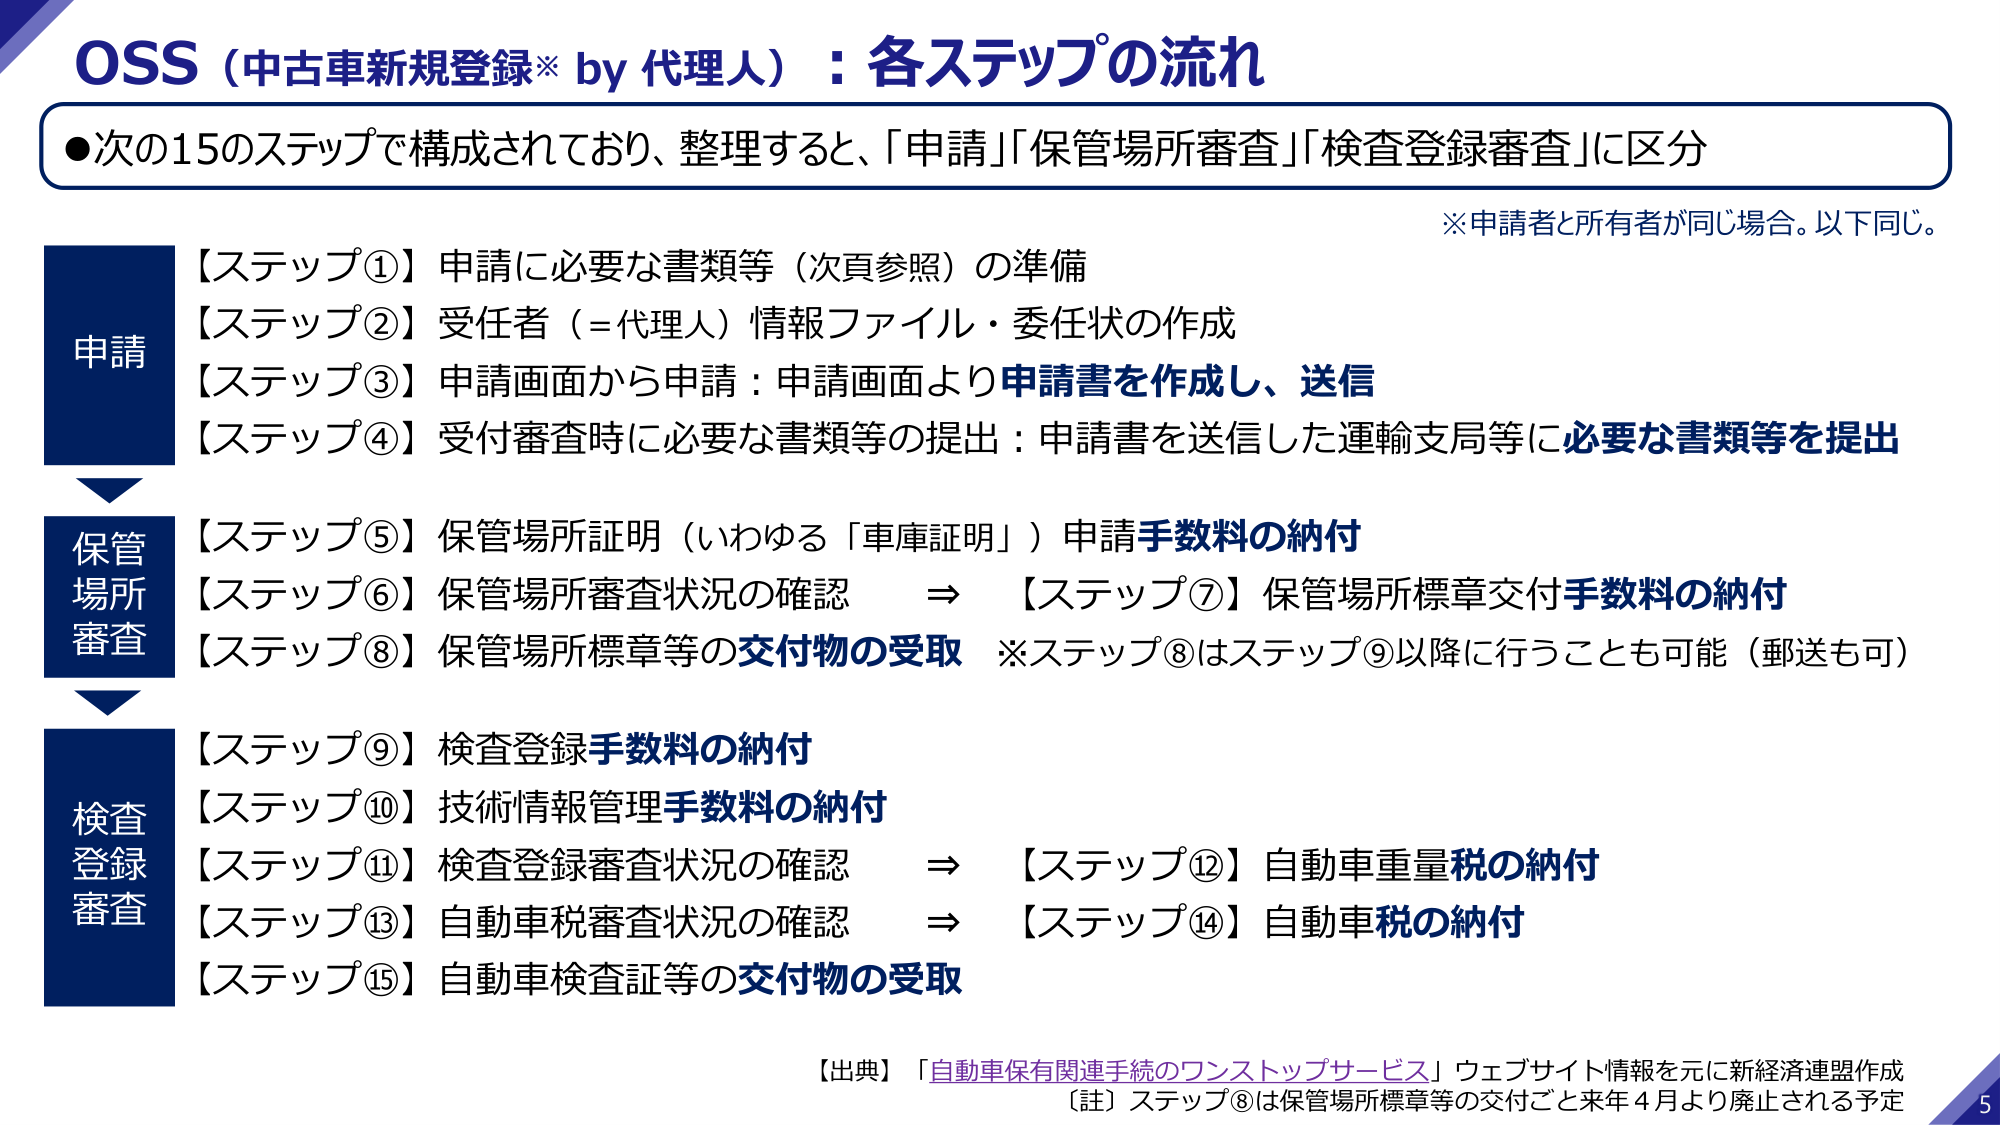
OSS（中古車新規登録※ by 代理人）：各ステップの流れ

●次の15のステップで構成されており、整理すると、「申請」「保管場所審査」「検査登録審査」に区分

※申請者と所有者が同じ場合。以下同じ。

申請
【ステップ①】申請に必要な書類等（次頁参照）の準備
【ステップ②】受任者（＝代理人）情報ファイル・委任状の作成
【ステップ③】申請画面から申請：申請画面より申請書を作成し、送信
【ステップ④】受付審査時に必要な書類等の提出：申請書を送信した運輸支局等に必要な書類等を提出

保管場所審査
【ステップ⑤】保管場所証明（いわゆる「車庫証明」）申請手数料の納付
【ステップ⑥】保管場所審査状況の確認　⇒　【ステップ⑦】保管場所標章交付手数料の納付
【ステップ⑧】保管場所標章等の交付物の受取　※ステップ⑧はステップ⑨以降に行うことも可能（郵送も可）

検査登録審査
【ステップ⑨】検査登録手数料の納付
【ステップ⑩】技術情報管理手数料の納付
【ステップ⑪】検査登録審査状況の確認　⇒　【ステップ⑫】自動車重量税の納付
【ステップ⑬】自動車税審査状況の確認　⇒　【ステップ⑭】自動車税の納付
【ステップ⑮】自動車検査証等の交付物の受取

【出典】「自動車保有関連手続のワンストップサービス」ウェブサイト情報を元に新経済連盟作成
【註】ステップ⑧は保管場所標章等の交付ごと来年4月より廃止される予定

5